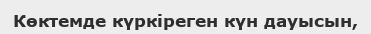
Көктемде күркіреген күн дауысын,